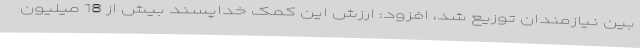
بین نیازمندان توزیع شد، افزود: ارزش این کمک خداپسند بیش از 18 میلیون